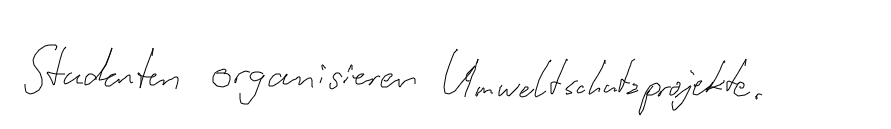
Studenten organisieren Umweltschutzprojekte.